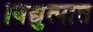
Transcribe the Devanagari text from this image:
विद्युत्पात